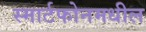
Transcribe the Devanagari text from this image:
स्मार्टफोनमधील